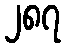
၂၈၇